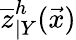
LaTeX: \overline{{z}}_{\vert Y}^{h}(\vec{x})